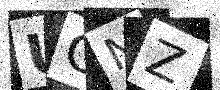
Text: UCNZ